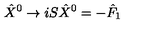
{ \hat { X } } ^ { 0 } \rightarrow i S { \hat { X } } ^ { 0 } = - { \hat { F } } _ { 1 }